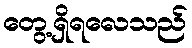
တွေ့ရှိရလေသည်